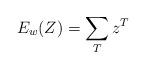
LaTeX: \begin{align*}E_w(Z) = \sum_T z^T\end{align*}